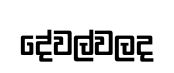
දේවල්වලද